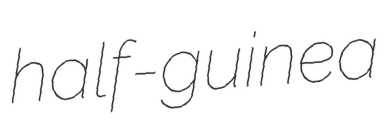
half-guinea